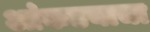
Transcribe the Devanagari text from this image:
आंकडयाचा